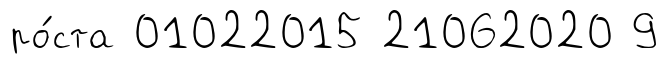
ро́ста 01022015 21062020 9